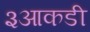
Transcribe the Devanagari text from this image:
३आकडी